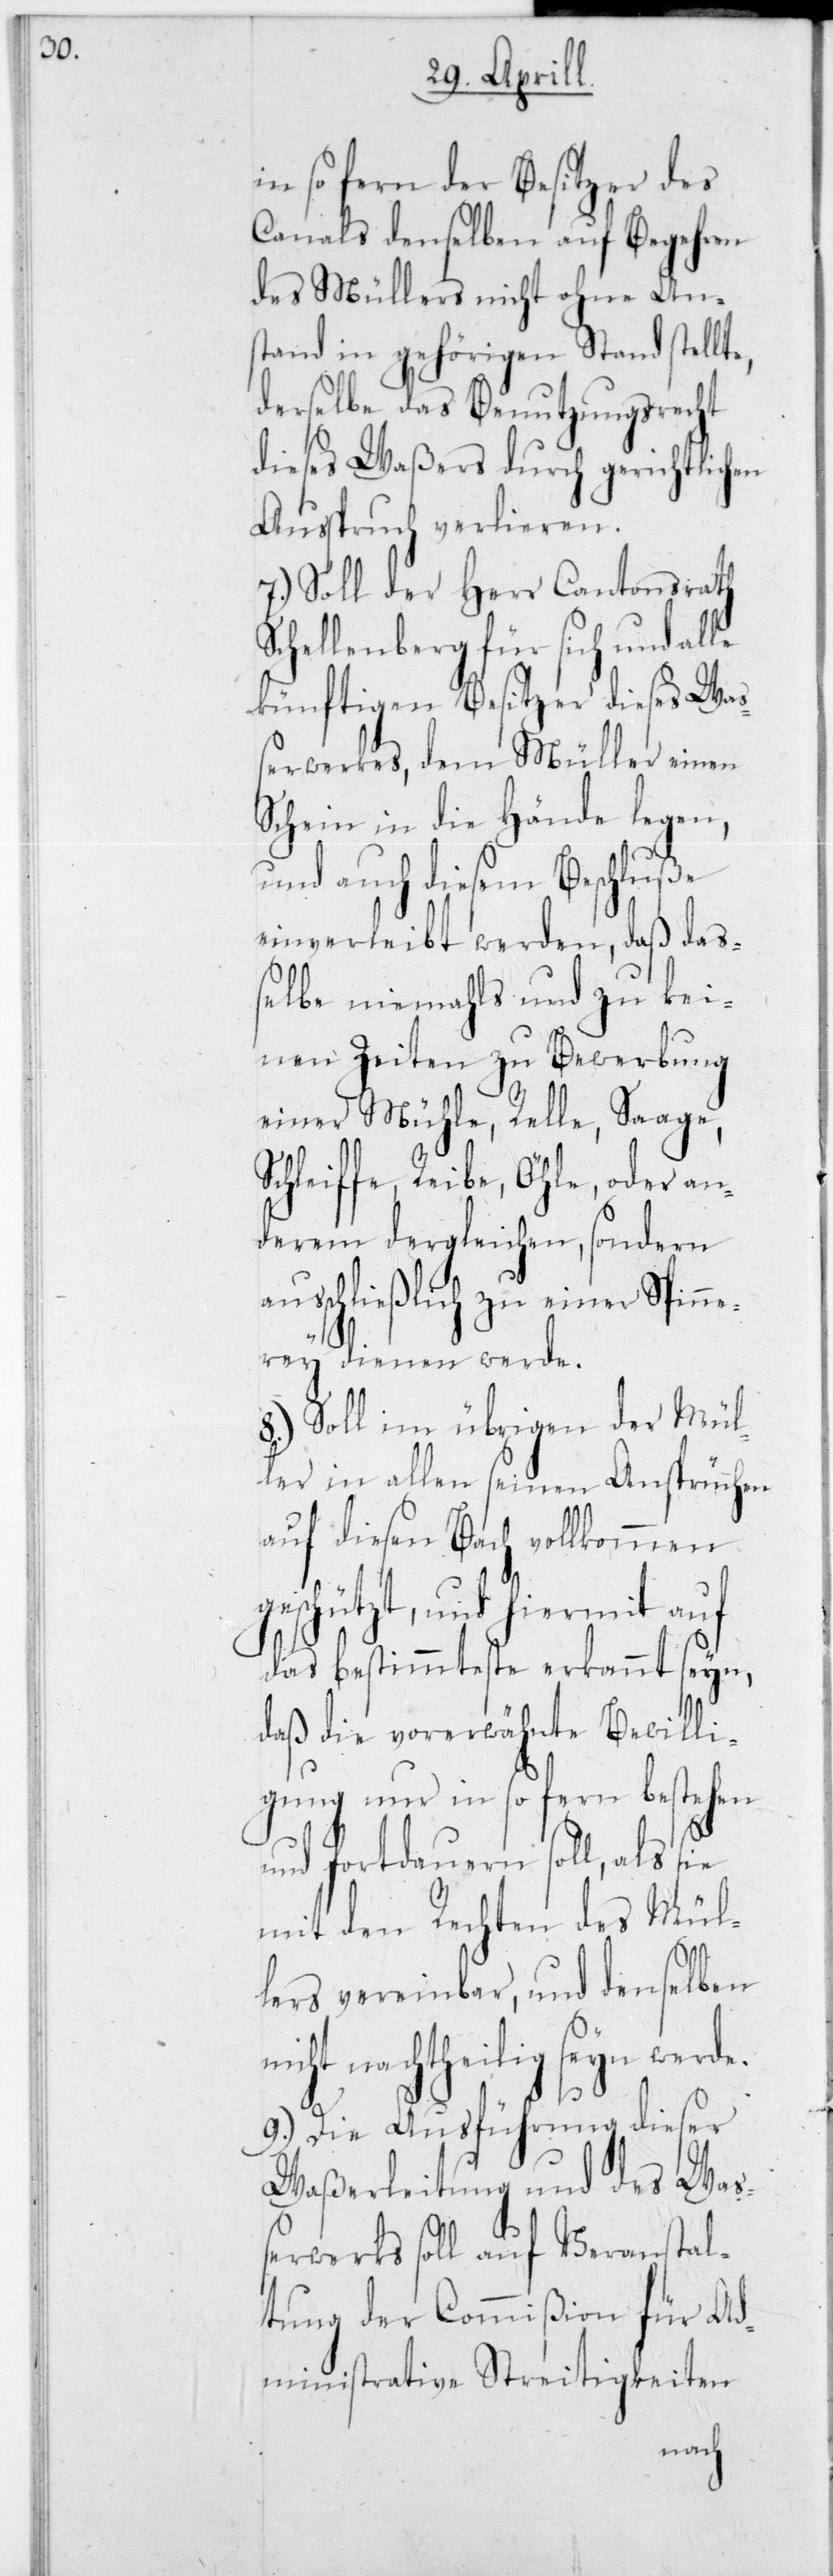
in so fern der Besitzer des
Canals demselben auf Begehren
des Müllers nicht ohne Ans¬
tand in gehörigen Stand stellt¬
derselbe das Benutzungsrecht
dieses Waßers durch gerichtlichen
Ausspruch verlieren.
7.) Soll der Herr Cantonsrath
Schellenberg für sich und alle
künftigen Besitzer dieses Waß¬
erwerkes, dem Müller einen
Schein in die Hände legen,
und auch diesem Beschluße
einverleibt werden, daß daß¬
elbe niemahls und zu kei¬
nen Zeiten zu Bewerbung
einer Mühle, Relle, Saage,
Schleiffe, Reibe, Öhle, oder an¬
derem dergleichen, sondern
ausschließlich zu einer Spinne¬
rey dienen werde.
8.) Soll im übrigen der Mül¬
ler in allen seinen Ansprüchen
auf diesen Bach vollkommen
geschützt, und hiermit auf
das bestimmteste erkannt seyn,
daß die vorerwähnte Bewilli¬
gung nur in so fern bestehen
und fortdauern soll, als sie
mit den Rechten des Mül¬
n¬
lers vereinbar, und denselben
achtheilig sein werde.
9.) Die Ausführung dieser
Waßerleitung und des Waß¬
erwerks soll auf Veranstal¬
tung der Commißion für Ad¬
ministrative Streitigkeiten
nicht